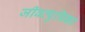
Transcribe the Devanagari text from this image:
जीवत्पुत्रिका